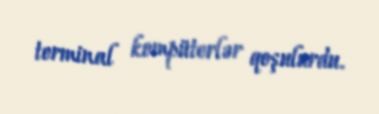
terminal kompüterlər qoşulurdu.